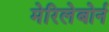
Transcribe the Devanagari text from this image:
मेरिलेबोर्न